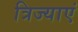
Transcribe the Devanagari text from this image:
त्रिज्याएं